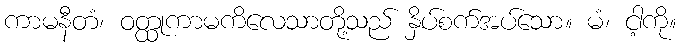
ကာမနီတံ၊ ဝတ္ထုကာမကိလေသာတို့သည် နှိပ်စက်အပ်သော။ မံ၊ ငါ့ကို။